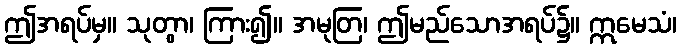
ဤအရပ်မှ။ သုတွာ၊ ကြား၍။ အမုတြ၊ ဤမည်သောအရပ်၌။ ဣမေသံ၊